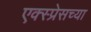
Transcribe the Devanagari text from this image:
एक्स्प्रेसच्या